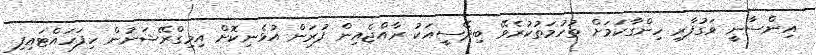
އިންސާނީ ވަގުފާރި ހިންގާކަމަށް ތުހުމަތުކުރެވޭ ބިދޭސީއަކު ރާއްޖެއިން ފުރަން އުޅެނިކޮށް އިމިގްރޭޝަނުން ހިފަހައްޓައިފި